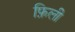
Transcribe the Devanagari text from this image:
फ़िली